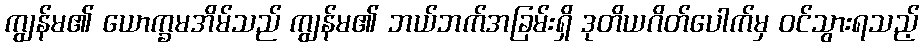
ကျွန်မ၏ ယောက္ခမအိမ်သည် ကျွန်မ၏ ဘယ်ဘက်အခြမ်းရှိ ဒုတိယဂိတ်ပေါက်မှ ဝင်သွားရသည့်